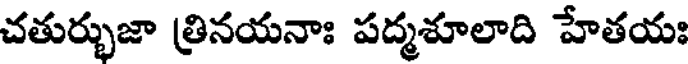
చతుర్భుజా త్రినయనాః పద్మశూలాది హేతయః